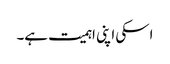
اسکی اپنی اہمیت ہے۔